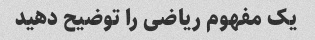
یک مفهوم ریاضی را توضیح دهید